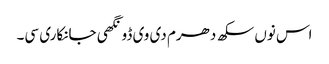
اس نوں سکھ دھرم دی وی ڈونگھی جانکاری سی۔